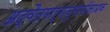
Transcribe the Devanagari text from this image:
अद्वैतमार्गानुगामीसाधक